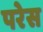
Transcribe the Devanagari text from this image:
परेस